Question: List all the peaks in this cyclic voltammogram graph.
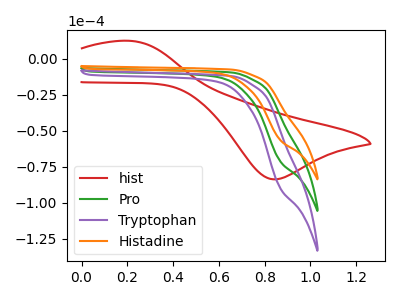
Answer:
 <answer>The red curve "hist" has an anodic peak at (0.20V, 12.45uA) and a cathodic peak at (0.85V, -83.85uA). The green curve "Pro" has no peaks. The purple curve "Tryptophan" has no peaks. The orange curve "Histadine" has no peaks.</answer>
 <eval></eval>